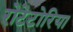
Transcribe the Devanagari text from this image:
रोटेटोरिया